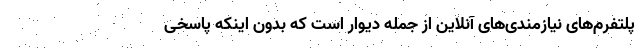
پلتفرم‌های نیازمندی‌های آنلاین از جمله دیوار است که بدون اینکه پاسخی